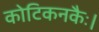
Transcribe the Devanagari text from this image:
कोटिकनकैः।